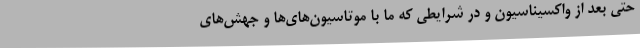
حتی بعد از واکسیناسیون و در شرایطی که ما با موتاسیون‌های‌ها و جهش‌های